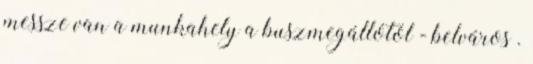
messze van a munkahely a buszmegállótól - belváros .